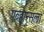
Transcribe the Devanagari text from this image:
एव्हान्सला